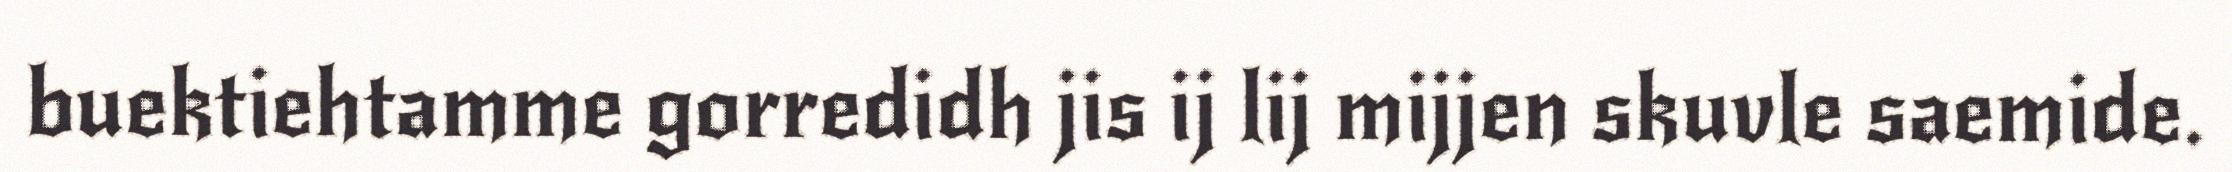
buektiehtamme gorredidh jis ij lij mijjen skuvle saemide.